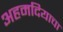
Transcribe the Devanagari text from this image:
अहमदियाचा